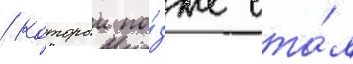
/ которыи по́зже ста́л